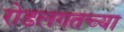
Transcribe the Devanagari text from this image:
रोडलगतच्या